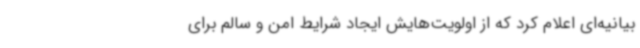
بیانیه‌ای اعلام کرد که از اولویت‌هایش ایجاد شرایط امن و سالم برای